Document type: Fief grant
Year: 1411
Scribe: Arnau de Lledó
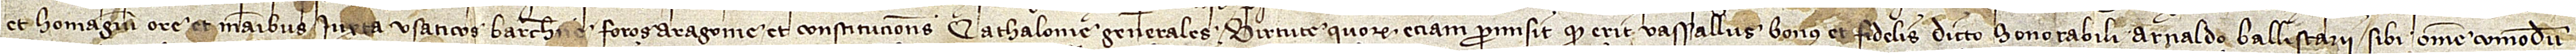
et homagium ore et manibus iuxta Usaticos Barchinone, Foros Aragonie et Constituciones Cathalonie generales, virtute quorum etiam promisit quod erit vassallus bonus et fidelis dicto honorabili Arnaldo Ballistarii sibi omne comodum